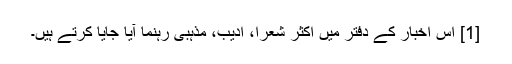
[1] اس اخبار کے دفتر میں اکثر شعرا، ادیب، مذہبی رہنما آیا جایا کرتے ہیں۔